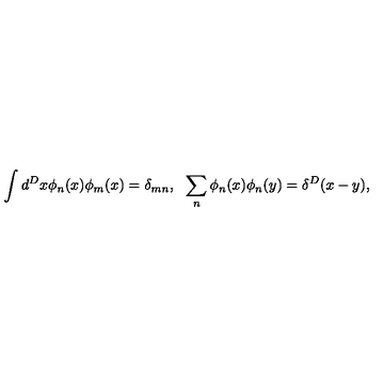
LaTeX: \int d ^ { D } x \phi _ { n } ( x ) \phi _ { m } ( x ) = \delta _ { m n } , \: \: \: \sum _ { n } \phi _ { n } ( x ) \phi _ { n } ( y ) = \delta ^ { D } ( x - y ) ,